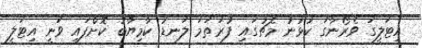
އިޓަލީގަ ވެރޯނާގަ ކުޅުނު މެޗުގައި ފުރަތަމަ ލަނޑު ކާމިޔާބު ކޮށްފައި ވަނީ އިޓަލީ